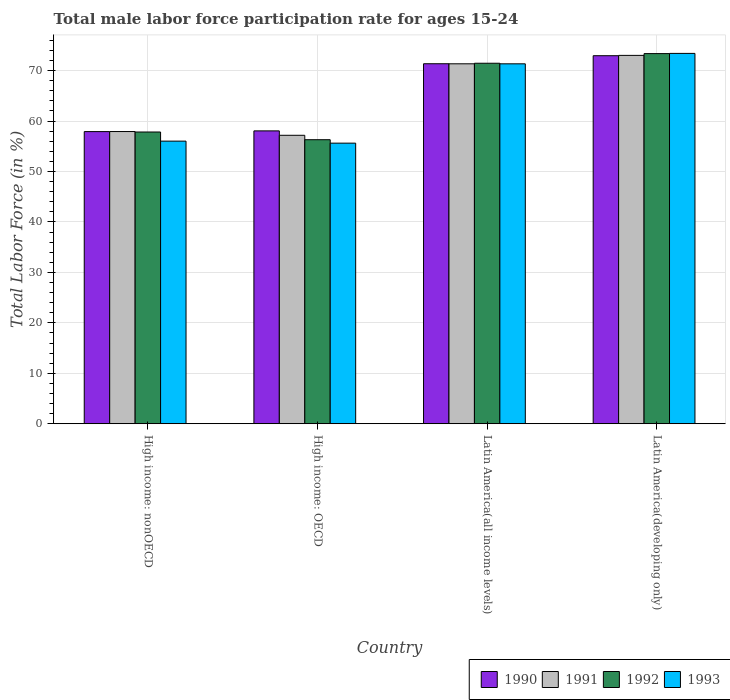
| Country | 1990 | 1991 | 1992 | 1993 |
 | --- | --- | --- | --- | --- |
 | High income: nonOECD | 57.9 | 57.9 | 57.8 | 56 |
 | High income: OECD | 58.1 | 57.2 | 56.3 | 55.6 |
 | Latin America(all income levels) | 71.4 | 71.4 | 71.5 | 71.3 |
 | Latin America(developing only) | 73 | 73 | 73.4 | 73.4 |